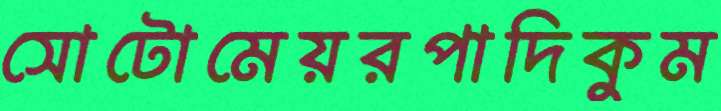
সোটোমেয়রপাদিকুম